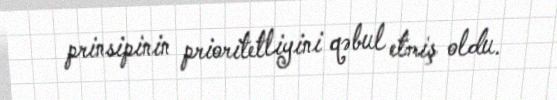
prinsipinin prioritetliyini qəbul etmiş oldu.